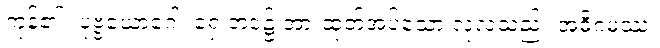
ကုန်၏။ ပုဗ္ဗယောဂေါ၊ ရှေ့ဘဝ၌ အားထုတ်အပ်သော လုံ့လသည်။ အဓိဂမဿ၊